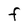
Character: f